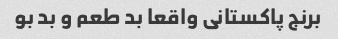
برنج پاکستانی واقعا بد طعم و بد بو